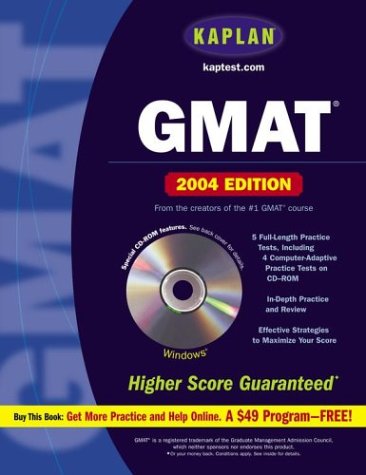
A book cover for Kaplan GMAT 2004 with CD-ROM (Kaplan GMAT Premier Program (w/CD)); Kaplan; Test Preparation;